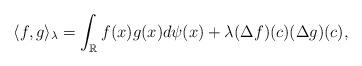
LaTeX: \begin{align*}\langle f,g\rangle_{\lambda}=\int_{\mathbb{R}}f(x)g(x) d\psi (x)+\lambda(\Delta f)(c)(\Delta g)(c),\end{align*}